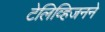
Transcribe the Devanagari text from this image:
टेलिव्हिजनने